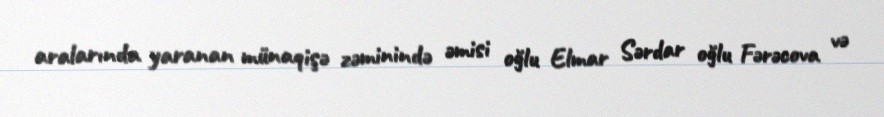
aralarında yaranan münaqişə zəminində əmisi oğlu Elmar Sərdar oğlu Fərəcova və